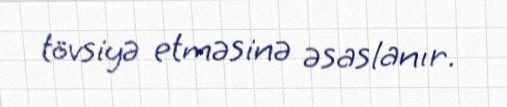
tövsiyə etməsinə əsaslanır.